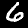
Digit: 6